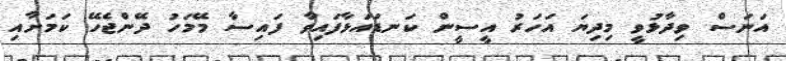
އަނަސް ވިދާޅުވީ މިދިޔަ އަހަރު އީސީން ކަނޑައަޅާފައިވާ ފައިސާ މޭމަހު ދޭންޖެހޭ ކަމަށާއި